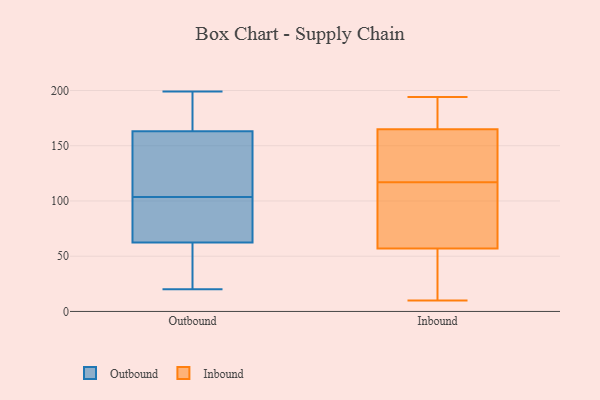
{"axis": {"x": "Shipments", "y": "Value"}, "legend": ["Inbound", "Outbound"], "data": [{"x": "", "y": 107, "type": "Outbound"}, {"x": "", "y": 58, "type": "Outbound"}, {"x": "", "y": 116, "type": "Outbound"}, {"x": "", "y": 199, "type": "Outbound"}, {"x": "", "y": 44, "type": "Outbound"}, {"x": "", "y": 66, "type": "Outbound"}, {"x": "", "y": 155, "type": "Outbound"}, {"x": "", "y": 184, "type": "Outbound"}, {"x": "", "y": 182, "type": "Outbound"}, {"x": "", "y": 55, "type": "Outbound"}, {"x": "", "y": 181, "type": "Outbound"}, {"x": "", "y": 71, "type": "Outbound"}, {"x": "", "y": 108, "type": "Outbound"}, {"x": "", "y": 20, "type": "Outbound"}, {"x": "", "y": 74, "type": "Outbound"}, {"x": "", "y": 171, "type": "Outbound"}, {"x": "", "y": 100, "type": "Outbound"}, {"x": "", "y": 151, "type": "Outbound"}, {"x": "", "y": 95, "type": "Outbound"}, {"x": "", "y": 59, "type": "Outbound"}, {"x": "", "y": 172, "type": "Inbound"}, {"x": "", "y": 92, "type": "Inbound"}, {"x": "", "y": 10, "type": "Inbound"}, {"x": "", "y": 176, "type": "Inbound"}, {"x": "", "y": 194, "type": "Inbound"}, {"x": "", "y": 33, "type": "Inbound"}, {"x": "", "y": 120, "type": "Inbound"}, {"x": "", "y": 159, "type": "Inbound"}, {"x": "", "y": 171, "type": "Inbound"}, {"x": "", "y": 46, "type": "Inbound"}, {"x": "", "y": 68, "type": "Inbound"}, {"x": "", "y": 75, "type": "Inbound"}, {"x": "", "y": 11, "type": "Inbound"}, {"x": "", "y": 114, "type": "Inbound"}, {"x": "", "y": 130, "type": "Inbound"}, {"x": "", "y": 138, "type": "Inbound"}]}